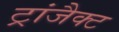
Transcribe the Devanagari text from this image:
ट्रांजैक्ट